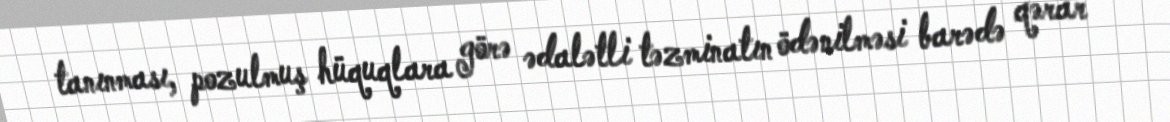
tanınması, pozulmuş hüquqlara görə ədalətli təzminatın ödənilməsi barədə qərar